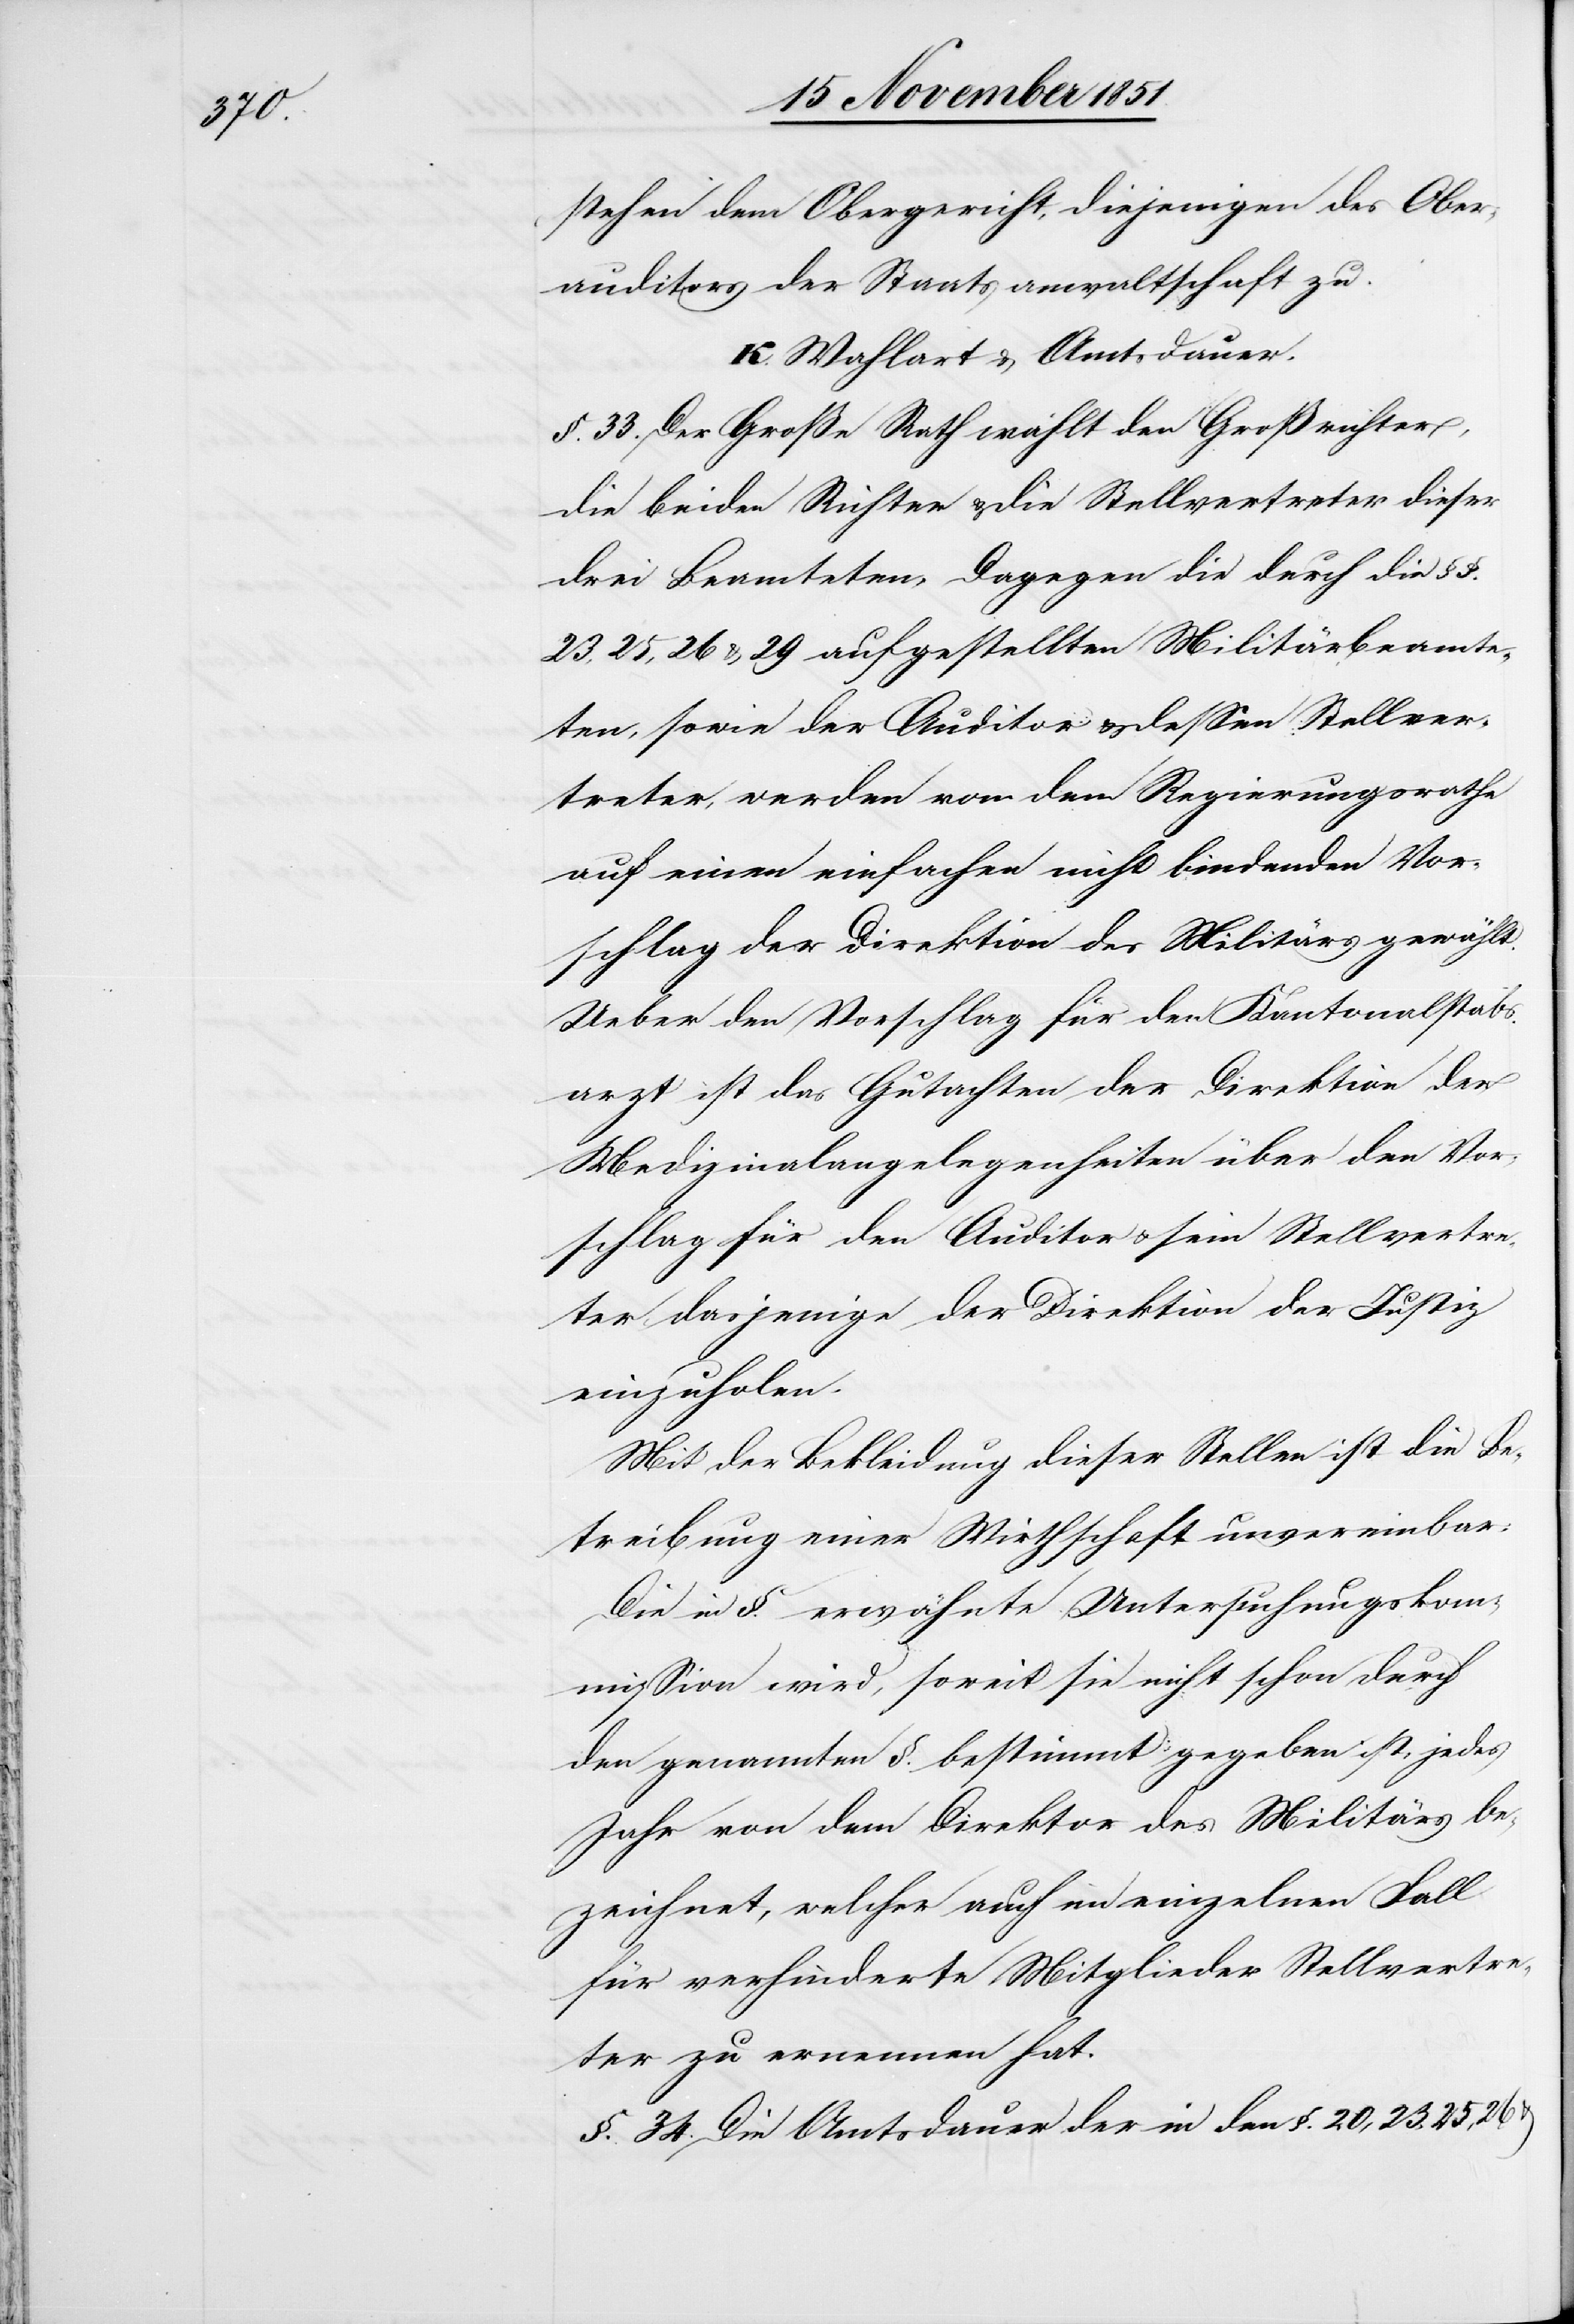
stehen dem Obergericht, diejenigen des Ober¬
auditors der Staatsanwaltschaft zu.
K. Wahlart & Amtsdauer.
§. 33. Der Große Rath wählt den Großrichter,
die beiden Richter & die Stellvertreter dieser
drei Beamteten. Dagegen die durch die §§.
23, 25, 26 & 29 aufgestellten Militärbeamte¬
ten, sowie der Auditor & dessen Stellver¬
treter, werden von dem Regierungsrathe
auf einen einfachen nicht bindenden Vor¬
schlag der Direktion des Militärs gewählt.
Ueber den Vorschlag für den Kantonalstab¬
sarzt ist das Gutachten der Direktion der
Medizinalangelegenheiten[,] über den Vor¬
schlag für den Auditor & sein Stellvertre¬
ter dasjenige der Direktion der Justiz
einzuholen.
Mit der Bekleidung dieser Stellen ist die Be¬
treibung einer Wirthschaft unvereinbar.
Die in §. … erwähnte Untersuchungskom¬
mission wird, soweit sie nicht schon durch
den genannten §. bestimmt gegeben ist, jedes
Jahr von dem Direktor des Militärs be¬
zeichnet, welcher auch im einzelnen Fall
für verhinderte Mitglieder Stellvertre¬
ter zu ernennen hat.
§. 34. Die Amtsdauer der in den §. 20, 23, 25, 26